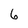
Character: 6